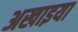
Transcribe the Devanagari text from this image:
अखाइया